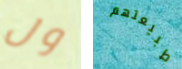
ول طبيعتهم